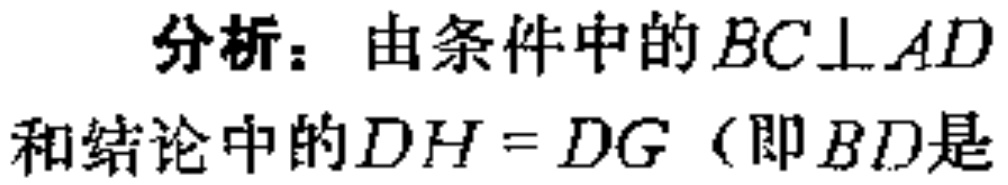
分析：由条件中的\(BC\perp AD\)和结论中的\(DH = DG\)（即\(BD\)是